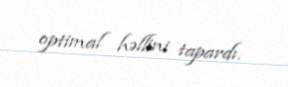
optimal həllini tapardı.